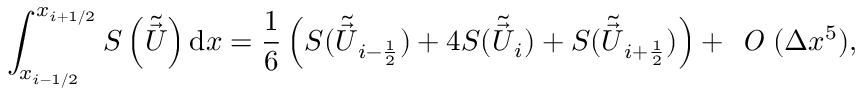
\int _ { x _ { i - 1 / 2 } } ^ { x _ { i + 1 / 2 } } \boldsymbol { S } \left( \tilde { \vec { U } } \right) \mathrm { d } x = \frac { 1 } { 6 } \left( \boldsymbol { S } ( \tilde { \vec { U } } _ { i - \ensuremath { { \frac { 1 } { 2 } } } } ) + 4 \boldsymbol { S } ( \tilde { \vec { U } } _ { i } ) + \boldsymbol { S } ( \tilde { \vec { U } } _ { i + \ensuremath { { \frac { 1 } { 2 } } } } ) \right) + \textit { O } ( \Delta x ^ { 5 } ) ,